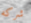
شركه